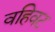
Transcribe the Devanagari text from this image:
वहिवट